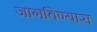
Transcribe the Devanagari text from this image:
जागविण्यास